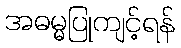
အဓမ္မပြုကျင့်ရန်